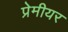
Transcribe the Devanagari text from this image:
प्रेमीयर